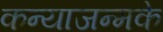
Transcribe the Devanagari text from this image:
कन्याजन्मके